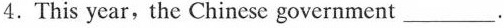
4.This year,the Chincse government ___.